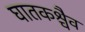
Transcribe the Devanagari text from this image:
घातकश्चैव